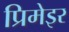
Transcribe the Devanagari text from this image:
प्रिमेइर